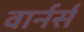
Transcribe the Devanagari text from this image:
वार्नर्स